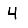
Digit: 4